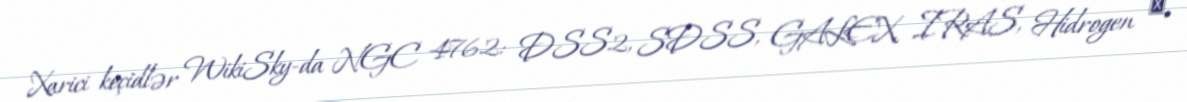
Xarici keçidlər WikiSky-da NGC 4762: DSS2, SDSS, GALEX, IRAS, Hidrogen α,